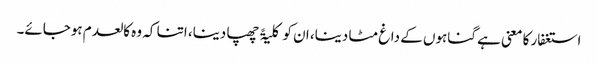
استغفار کا معنی ہے گناہوں کے داغ مٹا دینا، ان کو کلیۃً چھپا دینا، اتنا کہ وہ کالعدم ہوجائے۔